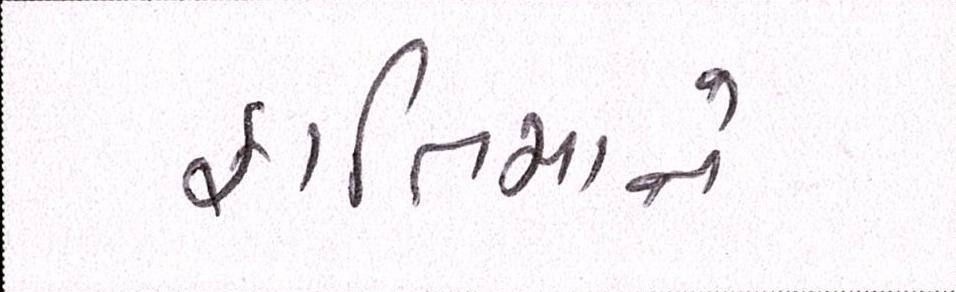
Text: ફાતિમાને